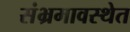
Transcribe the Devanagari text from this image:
संभ्रमावस्थेत